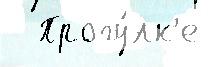
  Прогу́лк'е